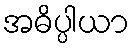
အဓိပ္ပါယာ